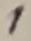
Text: 1